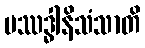
ပဿဒ္ဓါနိသံသာတိ